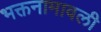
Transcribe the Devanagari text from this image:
भक्तनामावली